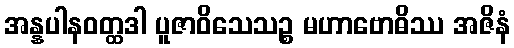
အန္နပါနဝတ္ထဒါ ပူဇာဝိသေသဉ္စ မဟာဗောဓိဿ အဇိနံ